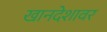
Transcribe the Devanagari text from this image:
खानदेशावर